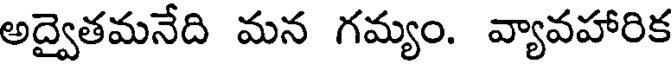
అద్వైతమనేది మన గమ్యం. వ్యావహారిక